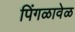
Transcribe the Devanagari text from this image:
पिंगळावेळ